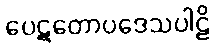
ပေဋတောပဒေသပါဠိ